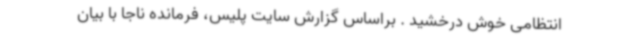
انتظامی خوش درخشید . براساس گزارش سایت پلیس، فرمانده ناجا با بیان